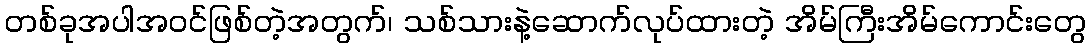
တစ်ခုအပါအဝင်ဖြစ်တဲ့အတွက်၊ သစ်သားနဲ့ဆောက်လုပ်ထားတဲ့ အိမ်ကြီးအိမ်ကောင်းတွေ